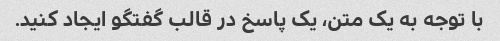
با توجه به یک متن، یک پاسخ در قالب گفتگو ایجاد کنید.